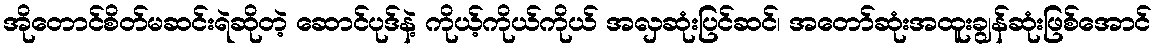
အိုတောင်စိတ်မဆင်းရဲဆိုတဲ့ ဆောင်ပုဒ်နဲ့ ကိုယ့်ကိုယ်ကိုယ် အလှဆုံးပြင်ဆင်၊ အတော်ဆုံးအထူးချွန်ဆုံးဖြစ်အောင်